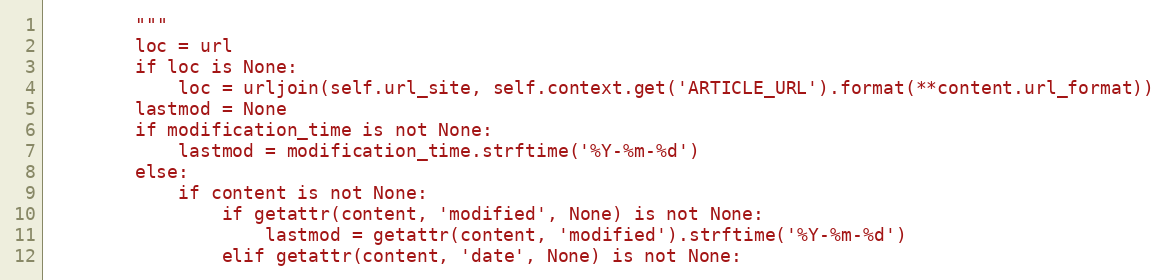
Language: Python
        """
        loc = url
        if loc is None:
            loc = urljoin(self.url_site, self.context.get('ARTICLE_URL').format(**content.url_format))
        lastmod = None
        if modification_time is not None:
            lastmod = modification_time.strftime('%Y-%m-%d')
        else:
            if content is not None:
                if getattr(content, 'modified', None) is not None:
                    lastmod = getattr(content, 'modified').strftime('%Y-%m-%d')
                elif getattr(content, 'date', None) is not None: